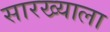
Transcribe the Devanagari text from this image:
सारख्याला